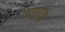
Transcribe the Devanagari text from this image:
वेलुगोडु